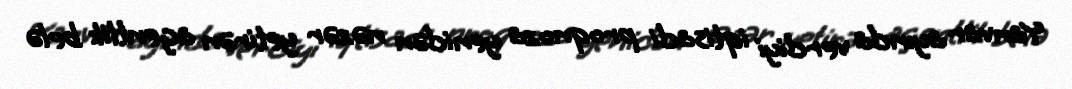
Yanvar ayında verdiyi iqtisadi proqnoza yenidən nəzər yetirən agentlik belə